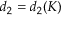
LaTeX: d _ { 2 } = d _ { 2 } ( K )